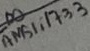
Text: AMS1117-3,3